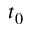
t _ { 0 }